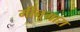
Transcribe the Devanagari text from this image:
मीनूगारा